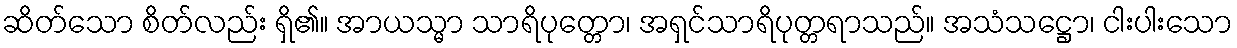
ဆိတ်သော စိတ်လည်း ရှိ၏။ အာယသ္မာ သာရိပုတ္တော၊ အရှင်သာရိပုတ္တရာသည်။ အသံသဋ္ဌော၊ ငါးပါးသော